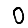
Digit: 0